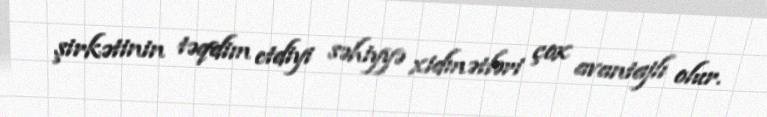
şirkətinin təqdim etdiyi səhiyyə xidmətləri çox avantajlı olur.